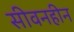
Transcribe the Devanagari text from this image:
सीवनहीन